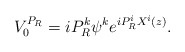
\begin{align*}V_{0}^{P_{R}}=iP_{R}^{k}\psi^{k}e^{iP_{R}^{i}X^{i}(z)}.\end{align*}